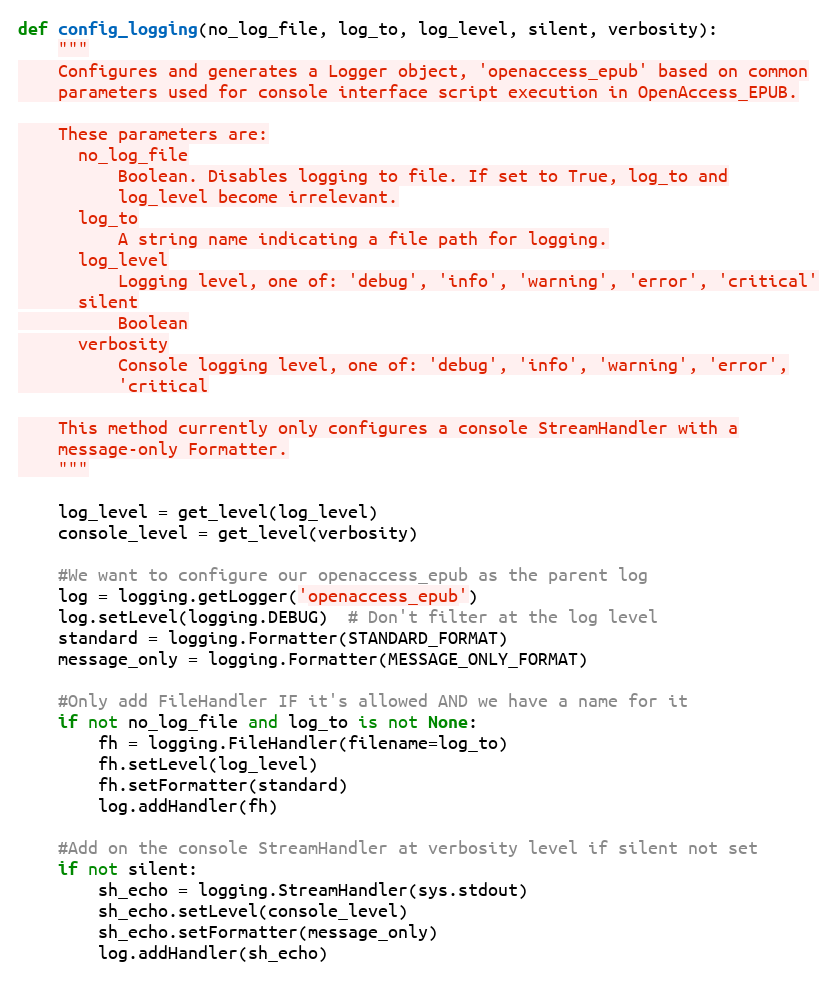
Language: Python
def config_logging(no_log_file, log_to, log_level, silent, verbosity):
    """
    Configures and generates a Logger object, 'openaccess_epub' based on common
    parameters used for console interface script execution in OpenAccess_EPUB.

    These parameters are:
      no_log_file
          Boolean. Disables logging to file. If set to True, log_to and
          log_level become irrelevant.
      log_to
          A string name indicating a file path for logging.
      log_level
          Logging level, one of: 'debug', 'info', 'warning', 'error', 'critical'
      silent
          Boolean
      verbosity
          Console logging level, one of: 'debug', 'info', 'warning', 'error',
          'critical

    This method currently only configures a console StreamHandler with a
    message-only Formatter.
    """

    log_level = get_level(log_level)
    console_level = get_level(verbosity)

    #We want to configure our openaccess_epub as the parent log
    log = logging.getLogger('openaccess_epub')
    log.setLevel(logging.DEBUG)  # Don't filter at the log level
    standard = logging.Formatter(STANDARD_FORMAT)
    message_only = logging.Formatter(MESSAGE_ONLY_FORMAT)

    #Only add FileHandler IF it's allowed AND we have a name for it
    if not no_log_file and log_to is not None:
        fh = logging.FileHandler(filename=log_to)
        fh.setLevel(log_level)
        fh.setFormatter(standard)
        log.addHandler(fh)

    #Add on the console StreamHandler at verbosity level if silent not set
    if not silent:
        sh_echo = logging.StreamHandler(sys.stdout)
        sh_echo.setLevel(console_level)
        sh_echo.setFormatter(message_only)
        log.addHandler(sh_echo)